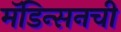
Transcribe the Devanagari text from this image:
मॅडिन्सनची